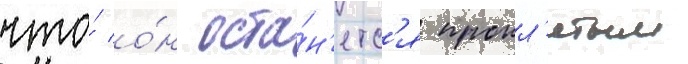
что́ о́н оста́н'етс'я прокл'ятым